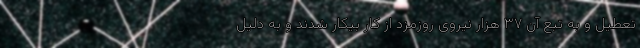
تعطیل و به تبع آن ۳۷ هزار نیروی روزمزد از کار بیکار شدند و به دلیل